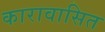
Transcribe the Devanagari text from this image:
कारावासित